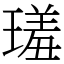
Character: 𤨩